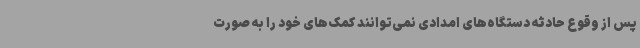
پس از وقوع حادثه دستگاه‌های امدادی نمی‌توانند کمک‌های خود را به صورت